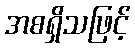
အစရှိသဖြင့်